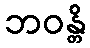
ဘဝန္တိ